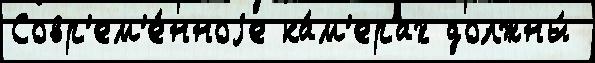
Совр'ем'е́нноjе ка́м'ерах должны́